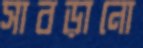
সাবড়ানো